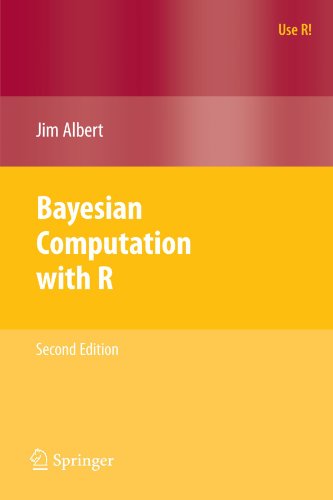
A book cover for Bayesian Computation with R (Use R!); Jim Albert; Science & Math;